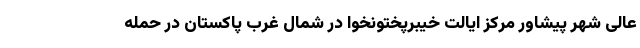
عالی شهر پیشاور مرکز ایالت خیبرپختونخوا در شمال غرب پاکستان در حمله